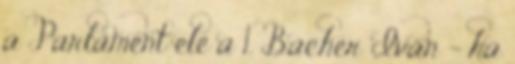
a Parlament ele a 1. Bacher Ivan - ha